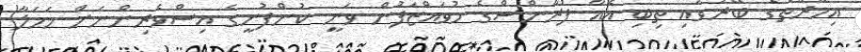
އިމާރާތުގެ ބޭރުގައި ތިބި އެއާ ފްރާންސްގެ މުވައްޒަފުން ވަނީ ކުންފުނީގެ އިސްވެރިންނަށް ހަމަލާ